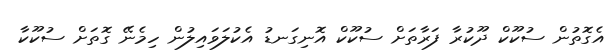
އެގޮތުން ސުކޫކް ދޫކުރާ ފަރާތަށް ސުކޫކް އޮނިގަނޑު އެކުލަވައިލުން ހިމެނޭ ގޮތަށް ސުކޫކާ